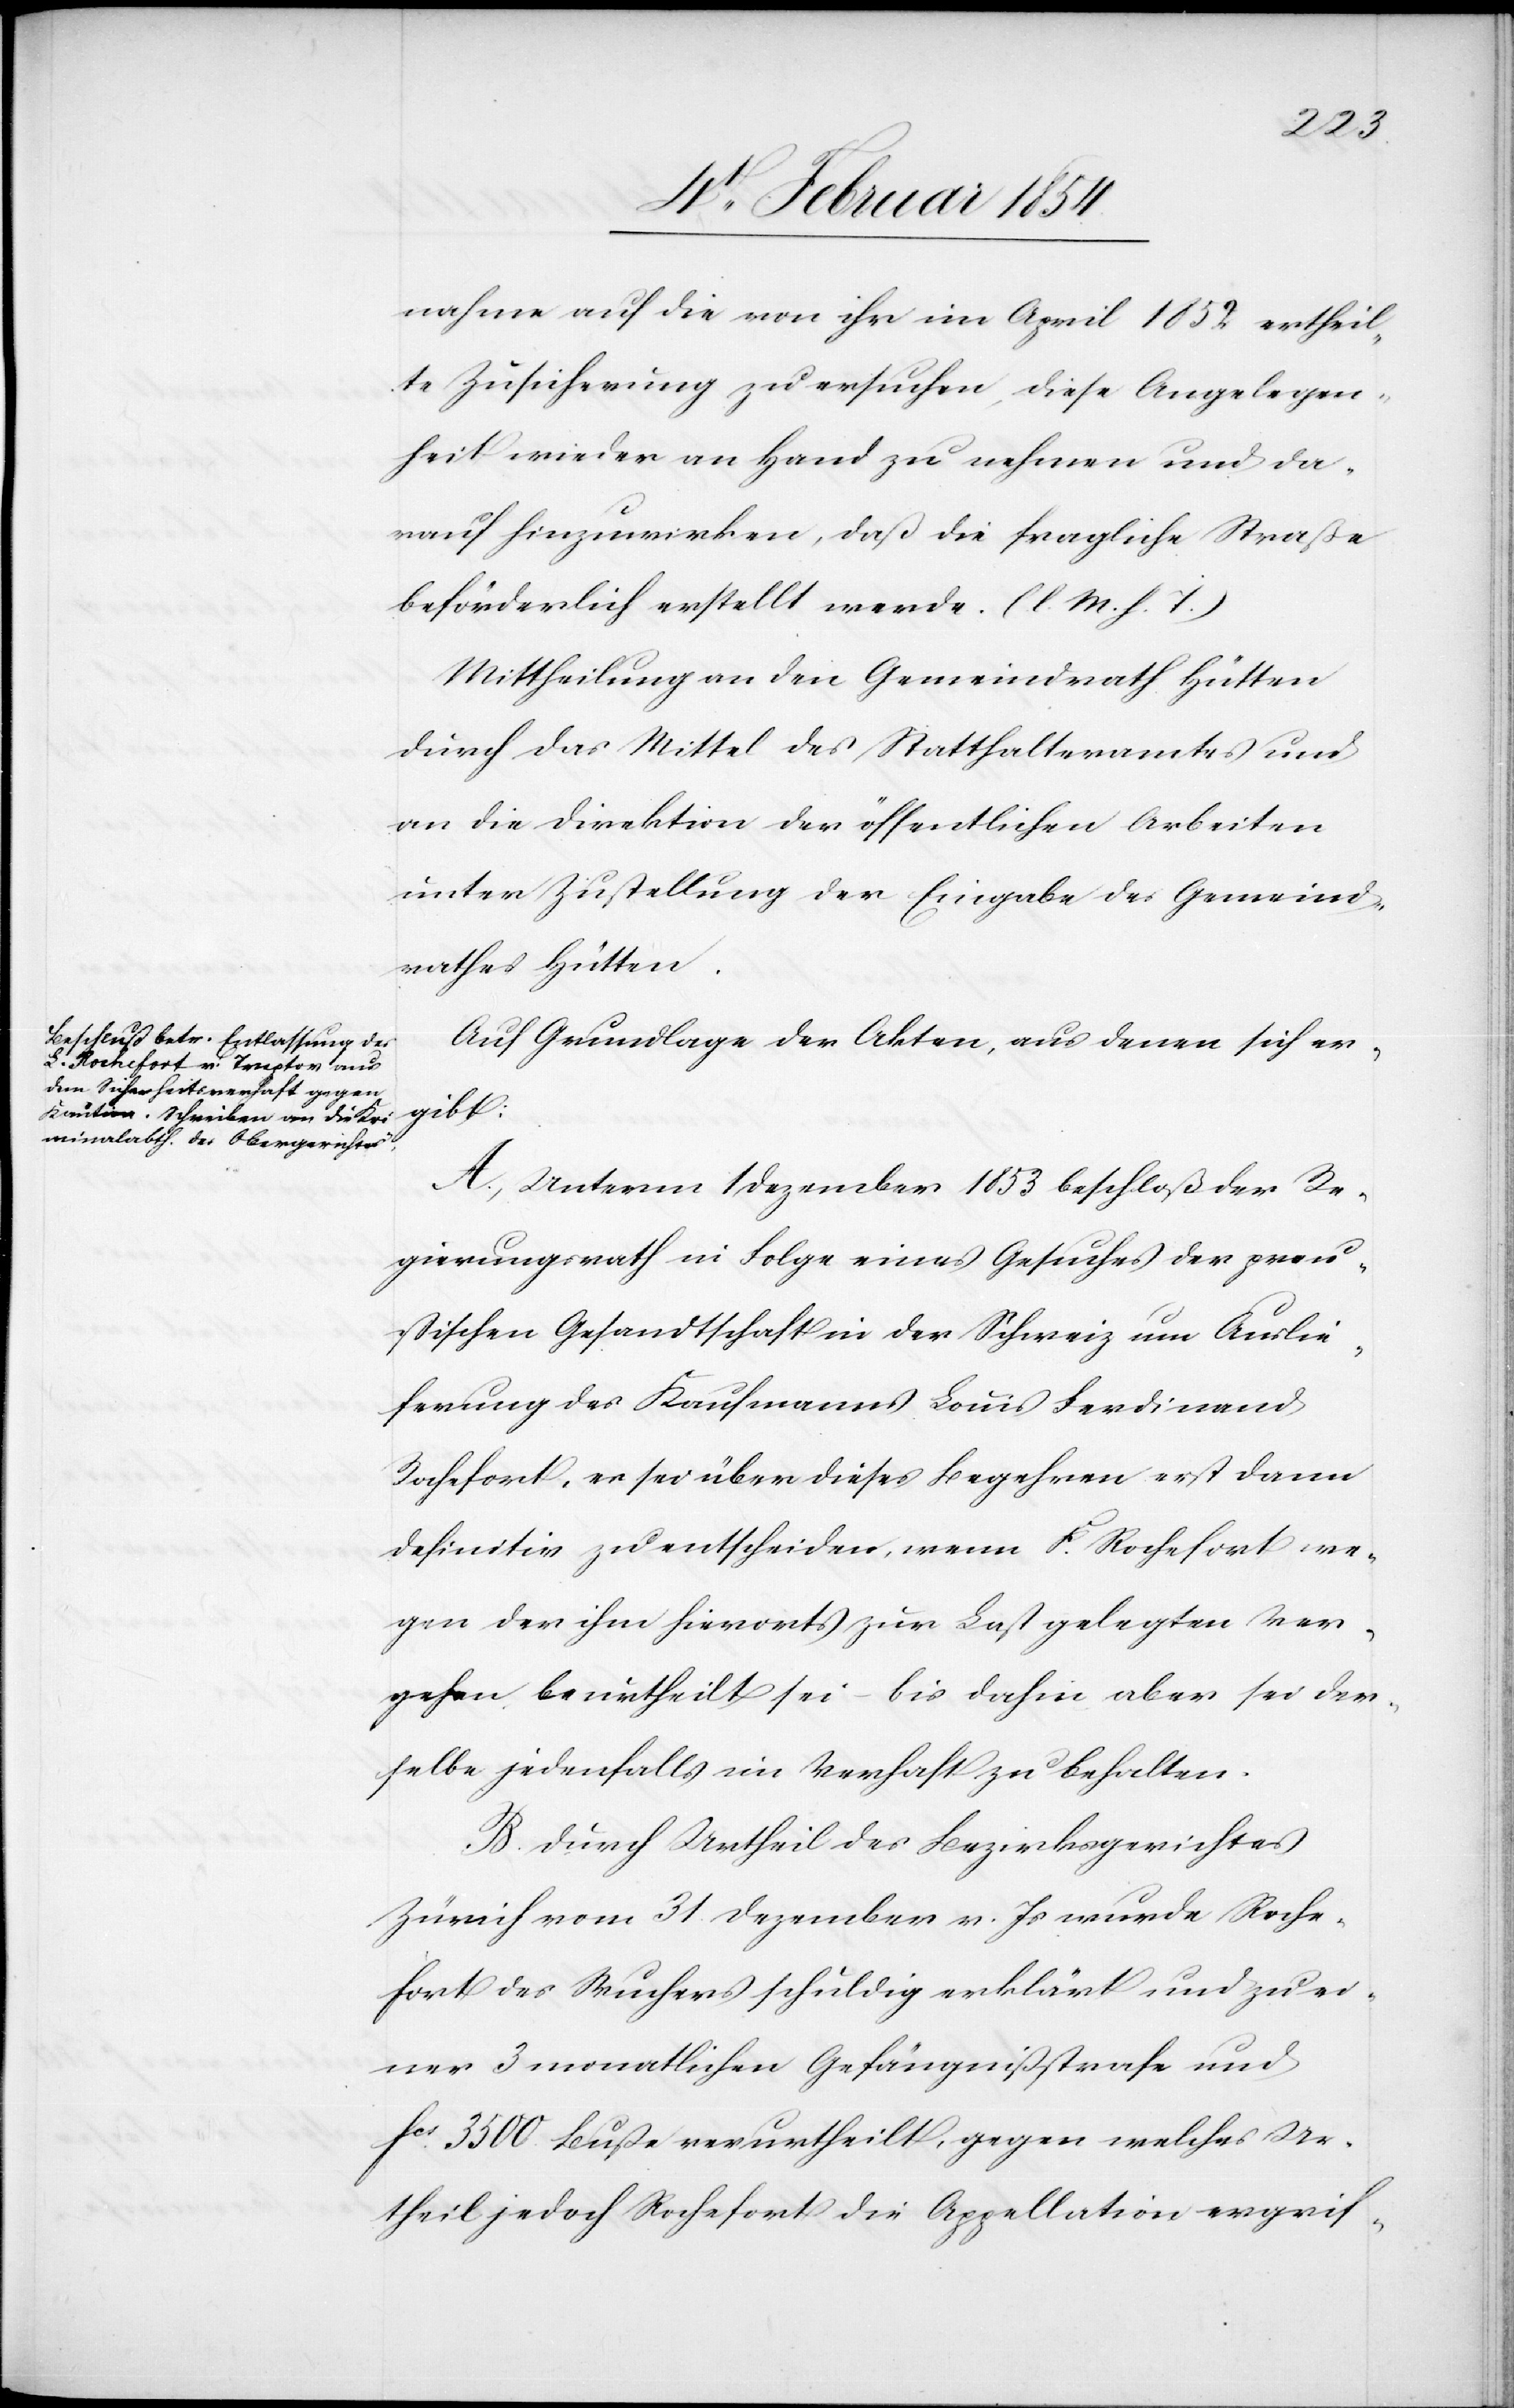
nahme auf die von ihr im April 1852 ertheil¬
te Zusicherung zu ersuchen, diese Angelegen¬
heit wieder an Hand zu nehmen und da¬
rauf hinzuwirken, daß die fragliche Straße
beförderlich erstellt werde. (l. M. h. T.)
Mittheilung an den Gemeindrath Hütten
durch das Mittel des Statthalteramtes und
an die Direktion der öffentlichen Arbeiten
unter Zustellung der Eingabe des Gemeind¬
rathes Hütten.
Auf Grundlage der Akten, aus denen sich er¬
gibt:
A. Unterm 1 Dezember 1853 beschloß der Re¬
gierungsrath in Folge eines Gesuches der preu¬
ßischen Gesandtschaft in der Schweiz um Auslie¬
ferung des Kaufmanns Louis Ferdinand
Rochefort, es sei über dieses Begehren erst dann
definitiv zu entscheiden, wenn F. Rochefort we¬
gen der ihm hierort zur Last gelegten Ver¬
gehen beurtheilt sei – bis dahin aber sei der¬
selbe jedenfalls in Verhaft zu behalten.
B. Durch Urtheil des Bezirksgerichtes
Zürich vom 31. Dezember v. Js wurde Roche¬
fort des Wuchers schuldig erklärt und zu ei¬
ner 3 monatlichen Gefängnißstrafe und
Fcs 3500 Buße verurtheilt, gegen welches Ur¬
theil jedoch Rochefort die Appellation ergrif-